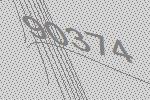
90374